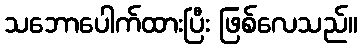
သဘောပေါက်ထားပြီး ဖြစ်လေသည်။